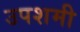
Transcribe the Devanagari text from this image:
उपशमी